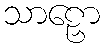
သာဠှော